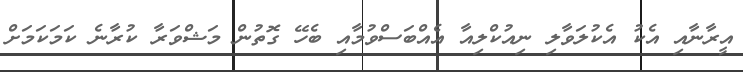
އީރާނާއި އެކު އެކުލަވާލި ނިއުކްލިއާ އެއްބަސްވުމާއި ބެހޭ ގޮތުން މަޝްވަރާ ކުރާނެ ކަމަކަމަށް